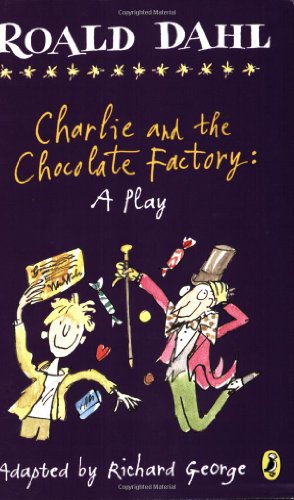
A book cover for Charlie and the Chocolate Factory: a Play; Roald Dahl; Literature & Fiction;